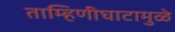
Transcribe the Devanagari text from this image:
ताम्हिणीघाटामुळे